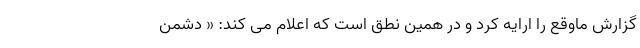
گزارش ماوقع را ارایه کرد و در همین نطق است که اعلام می کند: « دشمن